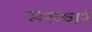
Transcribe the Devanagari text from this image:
सरकार्र